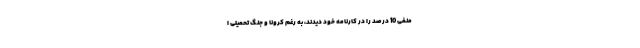
منفی 10 درصد را در کارنامه خود دیدند، به رغم کرونا و جنگ تحمیلی ا